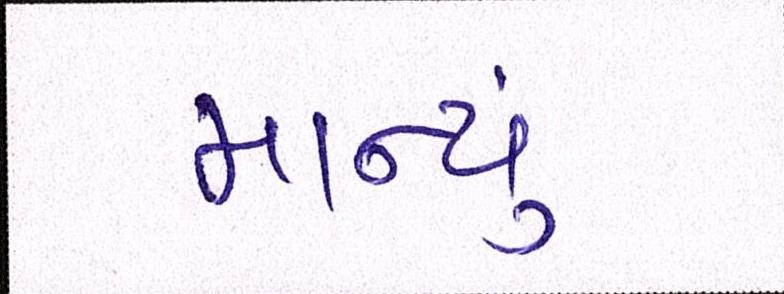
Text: માન્યું